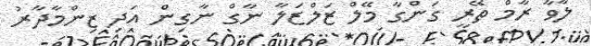
ލާވާ ރާމް ތޭރީ ގަންގާ މޭލް ޒަލްޒަލާ ނާގް ނާގިން އަދި ޒިންމާދާރު